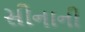
સીનાની